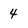
Character: 4